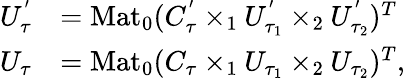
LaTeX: \begin{array}{rl}{U_{\tau}^{'}}&{=\mathrm{Mat}_{0}(C_{\tau}^{'}\times_{1}U_{\tau_{1}}^{'}\times_{2}U_{\tau_{2}}^{'})^{T}}\\ {U_{\tau}}&{=\mathrm{Mat}_{0}(C_{\tau}\times_{1}U_{\tau_{1}}\times_{2}U_{\tau_{2}})^{T},}\end{array}